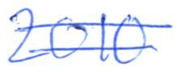
Text: 2010
Cross-out: double-line
Writing tool: ballpoint